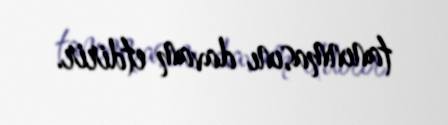
tanınmasını davam etdirir.